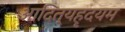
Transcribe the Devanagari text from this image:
आदित्यहृदयम